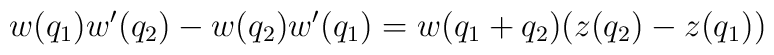
w(q_1)w'(q_2) - w(q_2)w'(q_1) = w(q_1 + q_2) (z(q_2) - z(q_1))